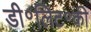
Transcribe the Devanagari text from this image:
डी॰लिट॰की